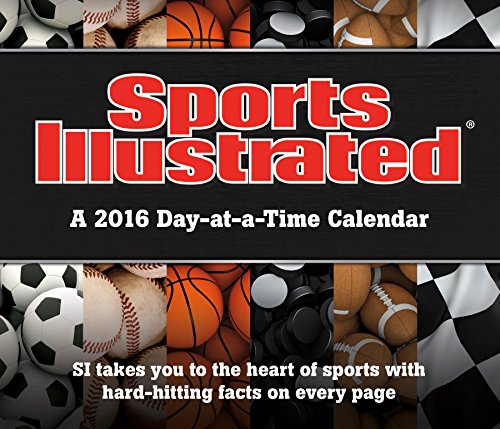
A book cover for Sports Illustrated Sports Day At A Time 2016 Box Calendar; Trends International; Calendars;